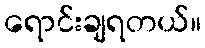
ရောင်းချရတယ်။